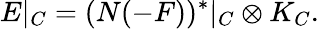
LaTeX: E|_{C}=(N(-F))^{*}|_{C}\otimes K_{C}.